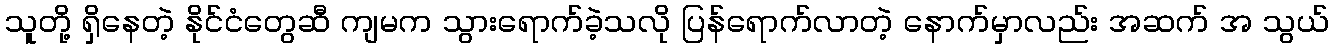
သူတို့ ရှိနေတဲ့ နိုင်ငံတွေဆီ ကျမက သွားရောက်ခဲ့သလို ပြန်ရောက်လာတဲ့ နောက်မှာလည်း အဆက် အ သွယ်